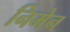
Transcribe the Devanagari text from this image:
निमेन